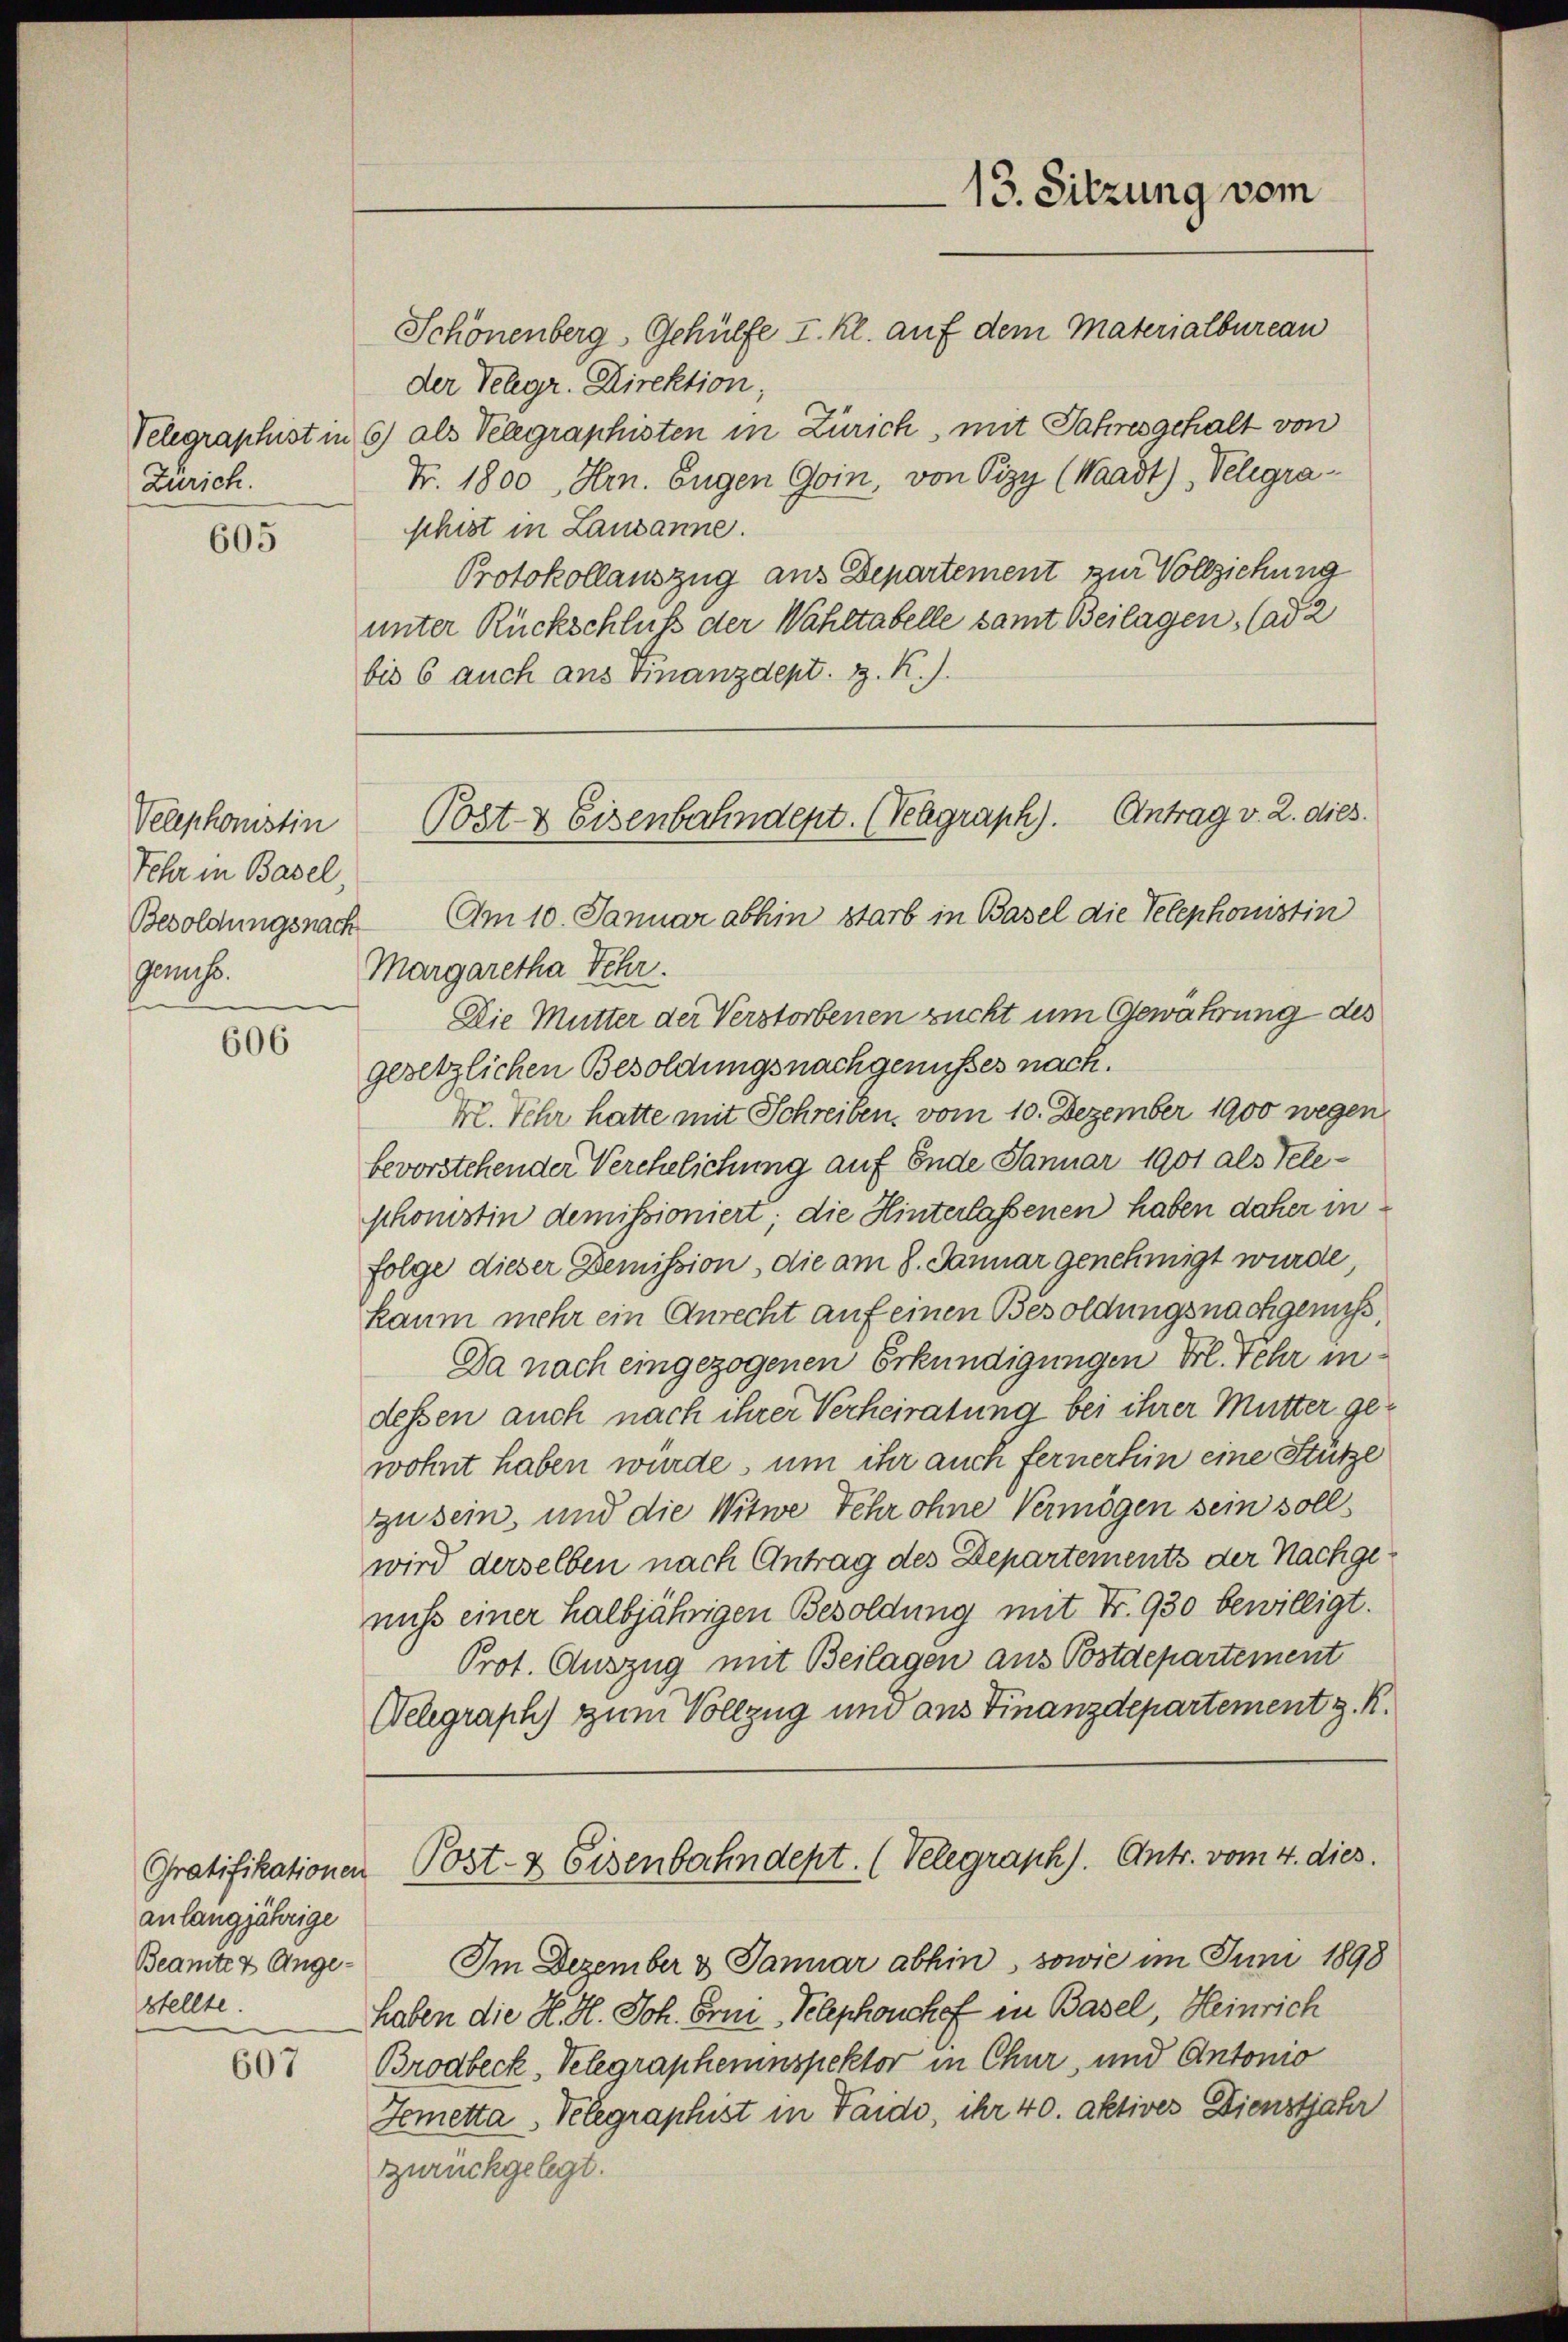
Zürich.

605

Velephonistin
Sehr in Basel
Besoldungsnach
Ges.

606

anlangjährige
Beamten Angestellte.

607

Schönenberg, Gehülfe I. Kl. auf dem Materialbureau
der Telegr. Direktion,
Telegraphist in 6) als Telegraphisten in Zürich, mit Jahresgehalt von
Fr. 1800, Hrn. Eugen Goin, von Pizy (Waadt) Telegraschist in Lausanne.
Protokollauszug aus Departement zur Vollziehung
unter Rückschluß der Wahltabelle samt Beilagen, (ad 2
bis 6 auch ans Finanzdept. v. K.

Am 10. Januar abhin starb in Basel die Telephonistin
Margaretha Schr.
Die Mutter der Verstorbenen rückt um Gewährung des
gesetzlichen Besoldungsnachgenusses nach.
M. Sehr hatte mit Schreiben, vom 10. Dezember 1900 wegen
bevorstehender Verehelichung auf Ende Januar 1901 als Telephonistin demissioniert; die Hinterlassenen haben daher in
folge dieser Demission, die am 8. Januar genehmigt wurde,
kaum mehr ein Anrecht auf einen Besoldungsnachgenuß,
Da nach eingezogenen Erkundigungen Frl. Sehr indessen auch nach ihrer Verheiratung bei ihrer Mutter gewohnt haben würde, um ihr auch fernerhin eine Stütze
zu sein, und die Witwe Fehr ohne Vermögen sein soll
wird derselben nach Antrag des Departements der Nachgenicht einer halbjährigen Besoldung mit Nr. 930 bewilligt.
Prot. Auszug mit Beilagen aus Bostdepartement
Welegraph zum Vollzug und aus Finanzdepartement z. R.
Gratifikationen Post- & Eisenbahndept. (Velegraph). Antr. vom 4. dies.
Im Dezember & Januar abhin, sowie im Juni 1898
haben die K. H. Joh. Frei Telephouchof in Basel, Heinrich
Brodbeck, Velegrapheninspektor in Chur, und Antonio
Demetta, Pelegraphist in Taide, ihr 40. aktives Dienstjahr
zurückgelegt.

13. Sitzung vom

Post & Eisenbahndept. (Velegraph). Antrag v. 2. dies